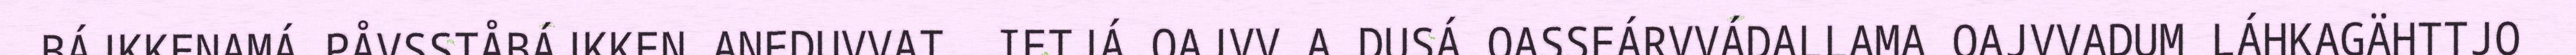
BÁJKKENAMÁ PÅVSSTÅBÁJKKEN ANEDUVVAT. IETJÁ OAJVV A DUSÁ OASSEÁRVVÁDALLAMA OAJVVADUM LÁHKAGÄHTTJO